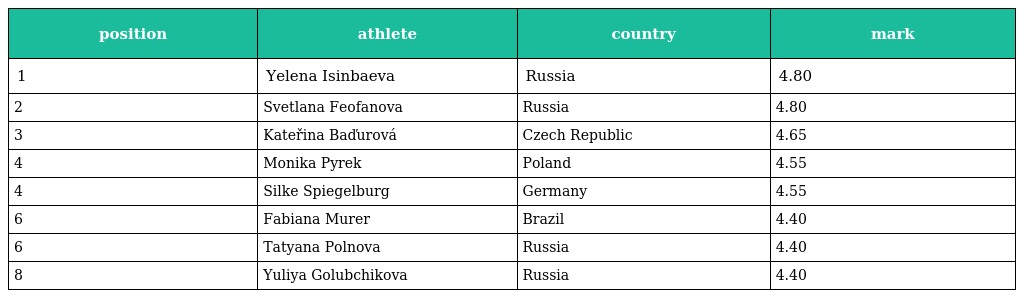
| position | athlete | country | mark |
 | --- | --- | --- | --- |
 | 1 | Yelena Isinbaeva | Russia | 4.80 |
 | 2 | Svetlana Feofanova | Russia | 4.80 |
 | 3 | Kateřina Baďurová | Czech Republic | 4.65 |
 | 4 | Monika Pyrek | Poland | 4.55 |
 | 4 | Silke Spiegelburg | Germany | 4.55 |
 | 6 | Fabiana Murer | Brazil | 4.40 |
 | 6 | Tatyana Polnova | Russia | 4.40 |
 | 8 | Yuliya Golubchikova | Russia | 4.40 |